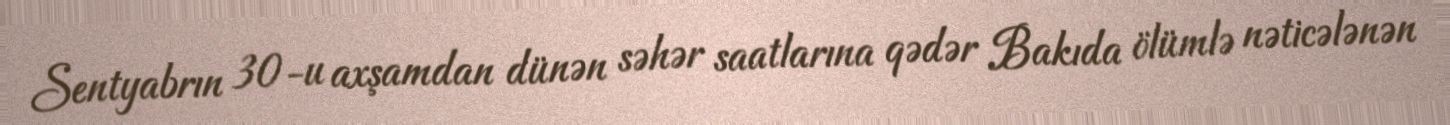
Sentyabrın 30-u axşamdan dünən səhər saatlarına qədər Bakıda ölümlə nəticələnən